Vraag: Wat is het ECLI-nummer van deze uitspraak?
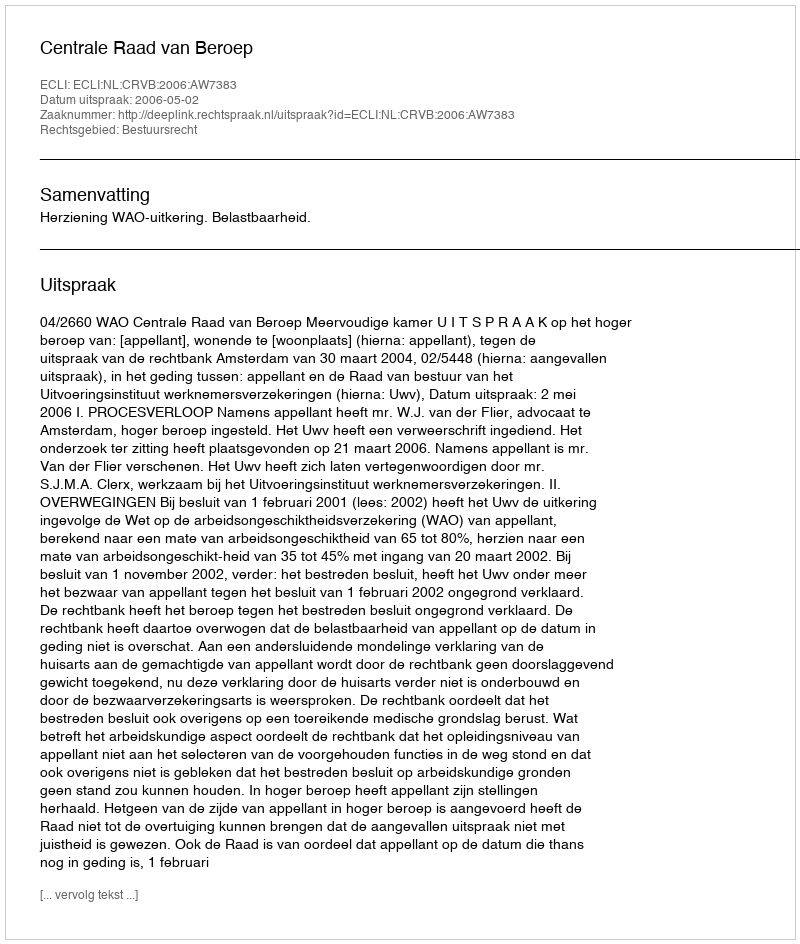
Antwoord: ECLI:NL:CRVB:2006:AW7383